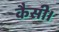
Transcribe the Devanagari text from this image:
कैसी।